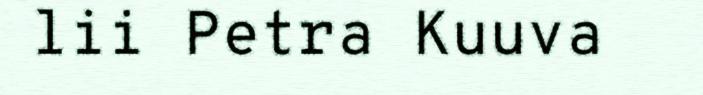
lii Petra Kuuva